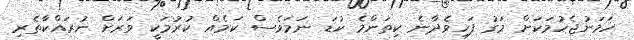
ހަމަނުޖެހުމަކަށް މަގު ފަހިވެދާނެ ކިތަންމެ ކުޑަ ނަމަވެސް ކަމެއް ކުރުމަކީ ވަރަށް ނުރައްކާތެރި